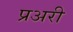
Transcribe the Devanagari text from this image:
प्रअरी